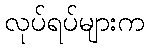
လုပ်ရပ်များက